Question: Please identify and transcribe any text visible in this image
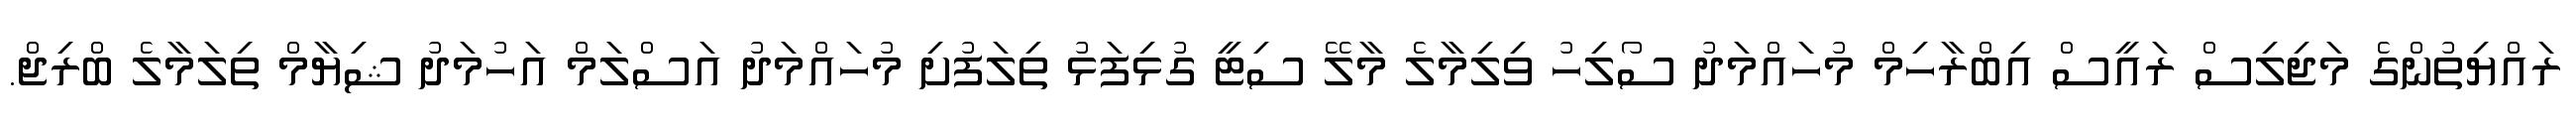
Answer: ރައްޔިތުންގެ މަޖިލިސް ރައީސް އިބްރާހިމް މުހައްމަދު ސޯލިހު ވިލިމާލެ މާލޭ ސިޓީ ގުޅިފަޅު ތިލަފުށި މުހައްމަދު އަސްލަމް އަހުމަދު ޝިޔާމް ތިލަމާލެ ބްރިޖް.